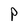
Character: P